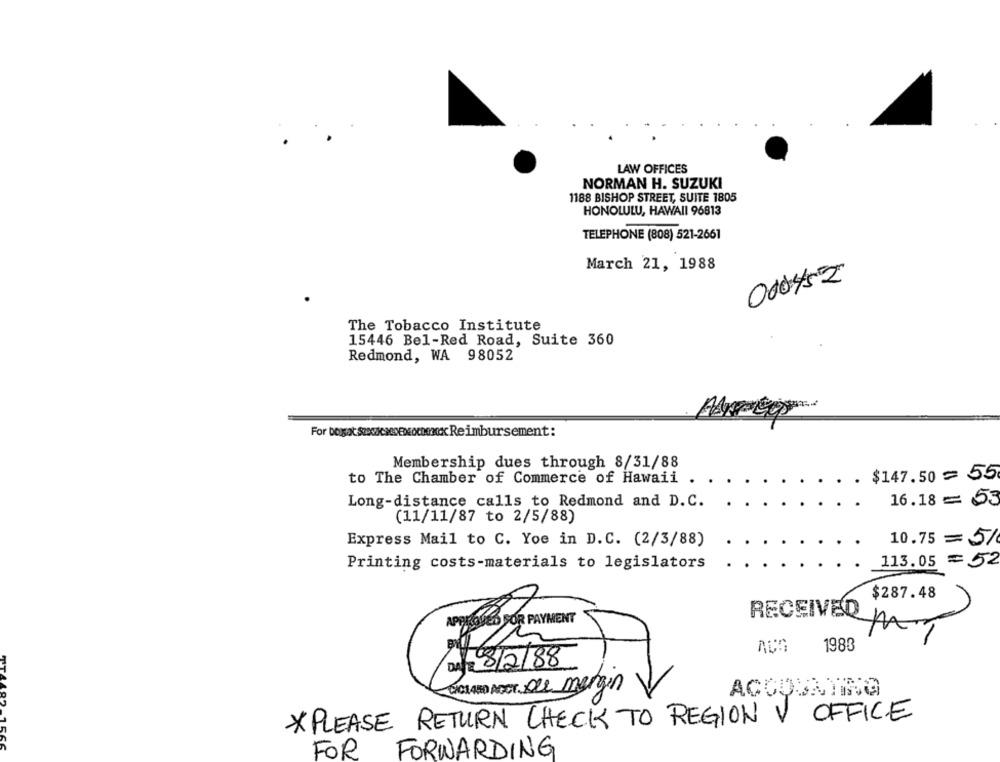
LAW OFFICES
NORMAN H. SUZUKI
1188 BISHOP STREET, SUITE 1805
HONOLULU, HAWAII 96813
TELEPHONE (808) 521-2661
March 21, 1988
000452
The Tobacco Institute
15446 Bel-Red Road, Suite 360
Redmond, WA 98052
For boxot SexoksDEsommox Reimbursement :
Membership dues through 8/31/88
to The Chamber of Commerce of Hawaii
$147.50 = 55
Long-distance calls to Redmond and D. C.
16.18 = 53
(11/11/87 to 2/5/88)
Express Mail to C. Yoe in D.C. (2/3/88)
10.75 = 5/
113.05 =52
Printing costs-materials to legislators
$287.48
RECEIVED
1983
DA/ 8/2/88
GOT
DICH ARD ACCT. Dle margin
V OFFICE
*PLEASE RETURN CHECK TO REGION
RE
FOR FORWARDING